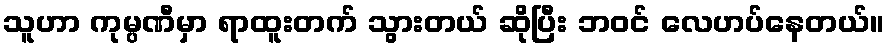
သူဟာ ကုမ္ပဏီမှာ ရာထူးတက် သွားတယ် ဆိုပြီး ဘဝင် လေဟပ်နေတယ်။